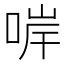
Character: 𠵚